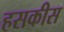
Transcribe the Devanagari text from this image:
हसकीस